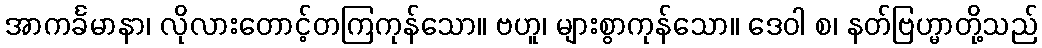
အာကင်္ခမာနာ၊ လိုလားတောင့်တကြကုန်သော။ ဗဟူ၊ များစွာကုန်သော။ ဒေဝါ စ၊ နတ်ဗြဟ္မာတို့သည်